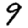
Digit: 9